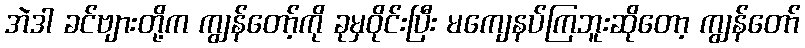
အဲဒါ ခင်ဗျားတို့က ကျွန်တော့်ကို ခုမှဝိုင်းပြီး မကျေနပ်ကြဘူးဆိုတော့ ကျွန်တော်